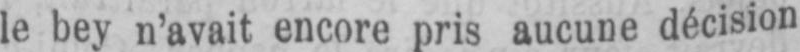
le bey n’avait encore pris aucune décision